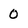
Character: 0